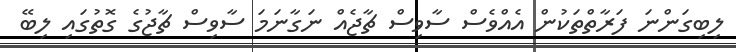
ލިބިގަންނަ ފަރާތްތަކުން އެއްވެސް ސާވިސް ޗާޖެއް ނަގާނަމަ ސާވިސް ޗާޖުގެ ގޮތުގައި ލިބޭ